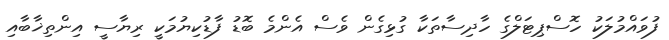
ފުވައްމުލަކު ހޮސްޕިޓަލްގެ ހާދިސާތަކާ ގުޅިގެން ވެސް އެންމެ ބޮޑު ފާޑުކިޔުމަކީ ރިޔާސީ އިންތިޚާބާއި